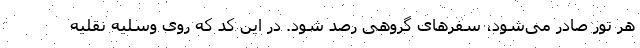
هر تور صادر می‌شود، سفرهای گروهی رصد شود. در این کد که روی وسلیه نقلیه